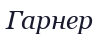
Гарнер